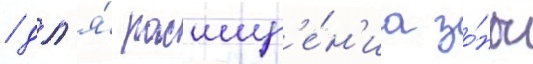
/ дл'я́ расшир'е́н'иа зо́ны